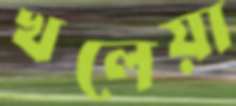
খলেয়া